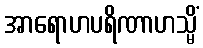
အာရောဟပရိဏာဟသ္မိံ